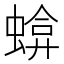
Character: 𧍬